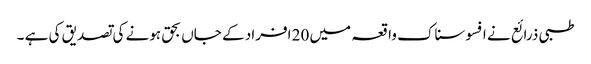
طبی ذرائع نے افسوسناک واقعہ میں 20 افراد کے جاں بحق ہونے کی تصدیق کی ہے ۔